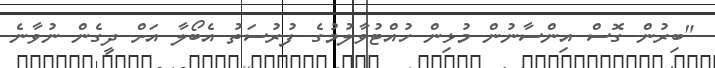
"ބިރުން ގޮސް އިންސާނުން މުޅިން ހުއްޓުވާލުމުގެ ފުރުސަތު އެބޯލާ އަށް ދީގެން ނުވާނެ